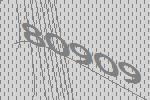
80909